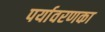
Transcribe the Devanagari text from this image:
पर्यावरणका